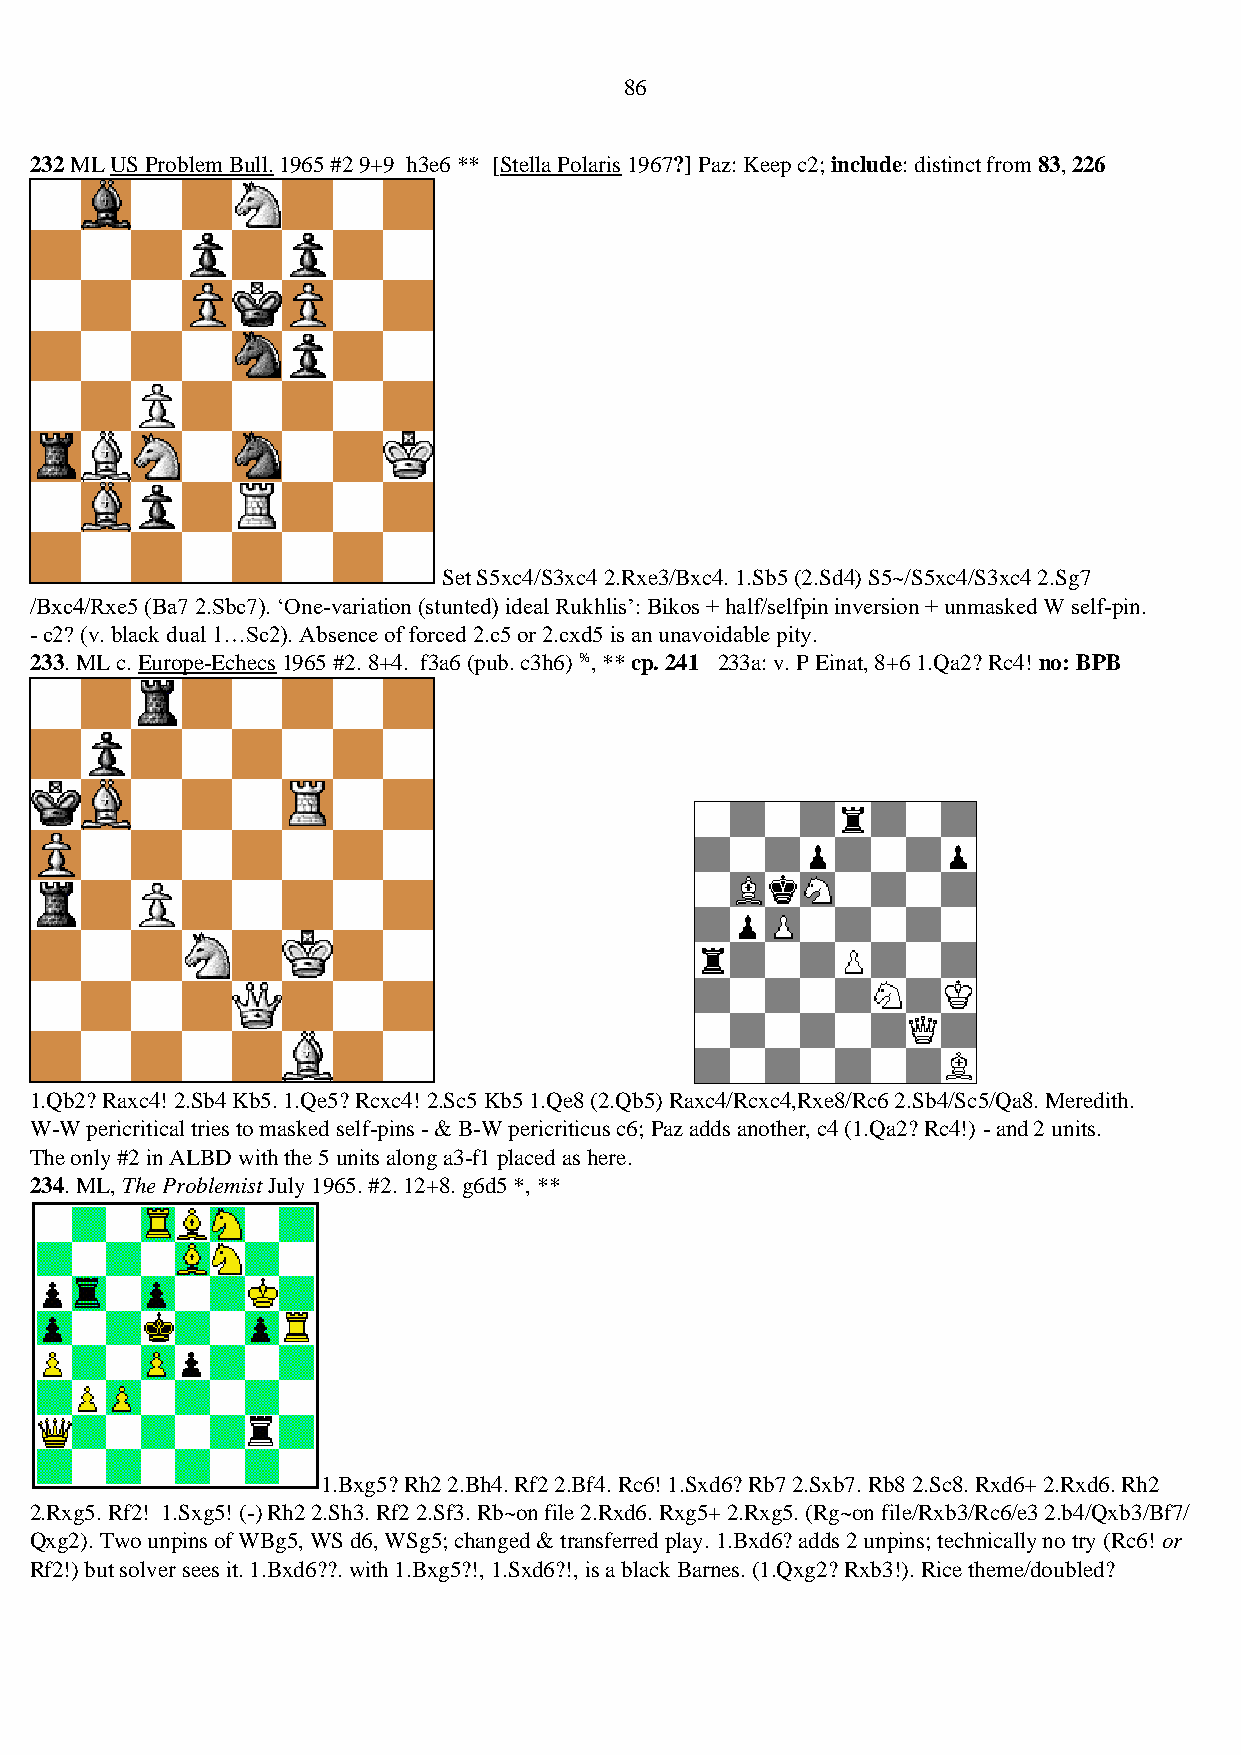
86
 232 ML US Problem Bull. 1965 #2 9+9 h3e6 ** [Stella Polaris 1967?] Paz: Keep c2; include: distinct from 83, 226
 Set S5xc4/S3xc4 2.Rxe3/Bxc4. 1.Sb5 (2.Sd4) S5~/S5xc4/S3xc4 2.Sg7
 /Bxc4/Rxe5 (Ba7 2.Sbc7). ‘One-variation (stunted) ideal Rukhlis’: Bikos + half/selfpin inversion + unmasked W self-pin.
 - c2? (v. black dual 1…Sc2). Absence of forced 2.c5 or 2.cxd5 is an unavoidable pity.
 233. ML c. Europe-Echecs 1965 #2. 8+4. f3a6 (pub. c3h6) %, ** cp. 241 233a: v. P Einat, 8+6 1.Qa2? Rc4! no: BPB
 1.Qb2? Raxc4! 2.Sb4 Kb5. 1.Qe5? Rcxc4! 2.Sc5 Kb5 1.Qe8 (2.Qb5) Raxc4/Rcxc4,Rxe8/Rc6 2.Sb4/Sc5/Qa8. Meredith.
 W-W pericritical tries to masked self-pins - & B-W pericriticus c6; Paz adds another, c4 (1.Qa2? Rc4!) - and 2 units.
 The only #2 in ALBD with the 5 units along a3-f1 placed as here.
 234. ML, The Problemist July 1965. #2. 12+8. g6d5 *, **
 1.Bxg5? Rh2 2.Bh4. Rf2 2.Bf4. Rc6! 1.Sxd6? Rb7 2.Sxb7. Rb8 2.Sc8. Rxd6+ 2.Rxd6. Rh2
 2.Rxg5. Rf2! 1.Sxg5! (-) Rh2 2.Sh3. Rf2 2.Sf3. Rb~on file 2.Rxd6. Rxg5+ 2.Rxg5. (Rg~on file/Rxb3/Rc6/e3 2.b4/Qxb3/Bf7/
 Qxg2). Two unpins of WBg5, WS d6, WSg5; changed & transferred play. 1.Bxd6? adds 2 unpins; technically no try (Rc6! or
 Rf2!) but solver sees it. 1.Bxd6??. with 1.Bxg5?!, 1.Sxd6?!, is a black Barnes. (1.Qxg2? Rxb3!). Rice theme/doubled?